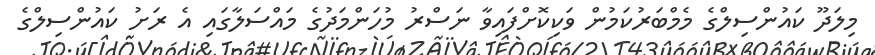
މިލަދޫ ކައުންސިލްގެ މެމްބަރުކަމުން ވަކިކޮށްފައިވާ ނަސްރު މުހަންމަދުގެ މައްސަލާގައި އެ ރަށު ކައުންސިލްގެ